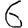
Digit: 6